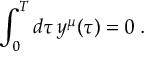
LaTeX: \int _ { 0 } ^ { T } d \tau \, y ^ { \mu } ( \tau ) = 0 \; .